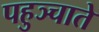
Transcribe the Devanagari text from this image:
पहुञ्चाते